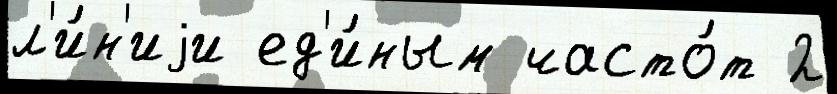
л'и́н'иjи ед'и́ным часто́т 2